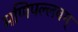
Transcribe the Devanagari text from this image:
मणिपल्लवम्